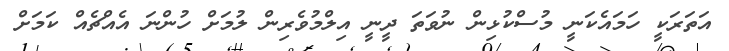
އަތަރަކީ ހަމައެކަނީ މުސްކުޅިން ނުވަތަ ދީނީ އިލްމުވެރިން ލުމަށް ހުންނަ އެއްޗެއް ކަމަށް